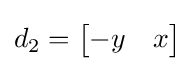
d_{2}={\begin{bmatrix}-y&x\end{bmatrix}}